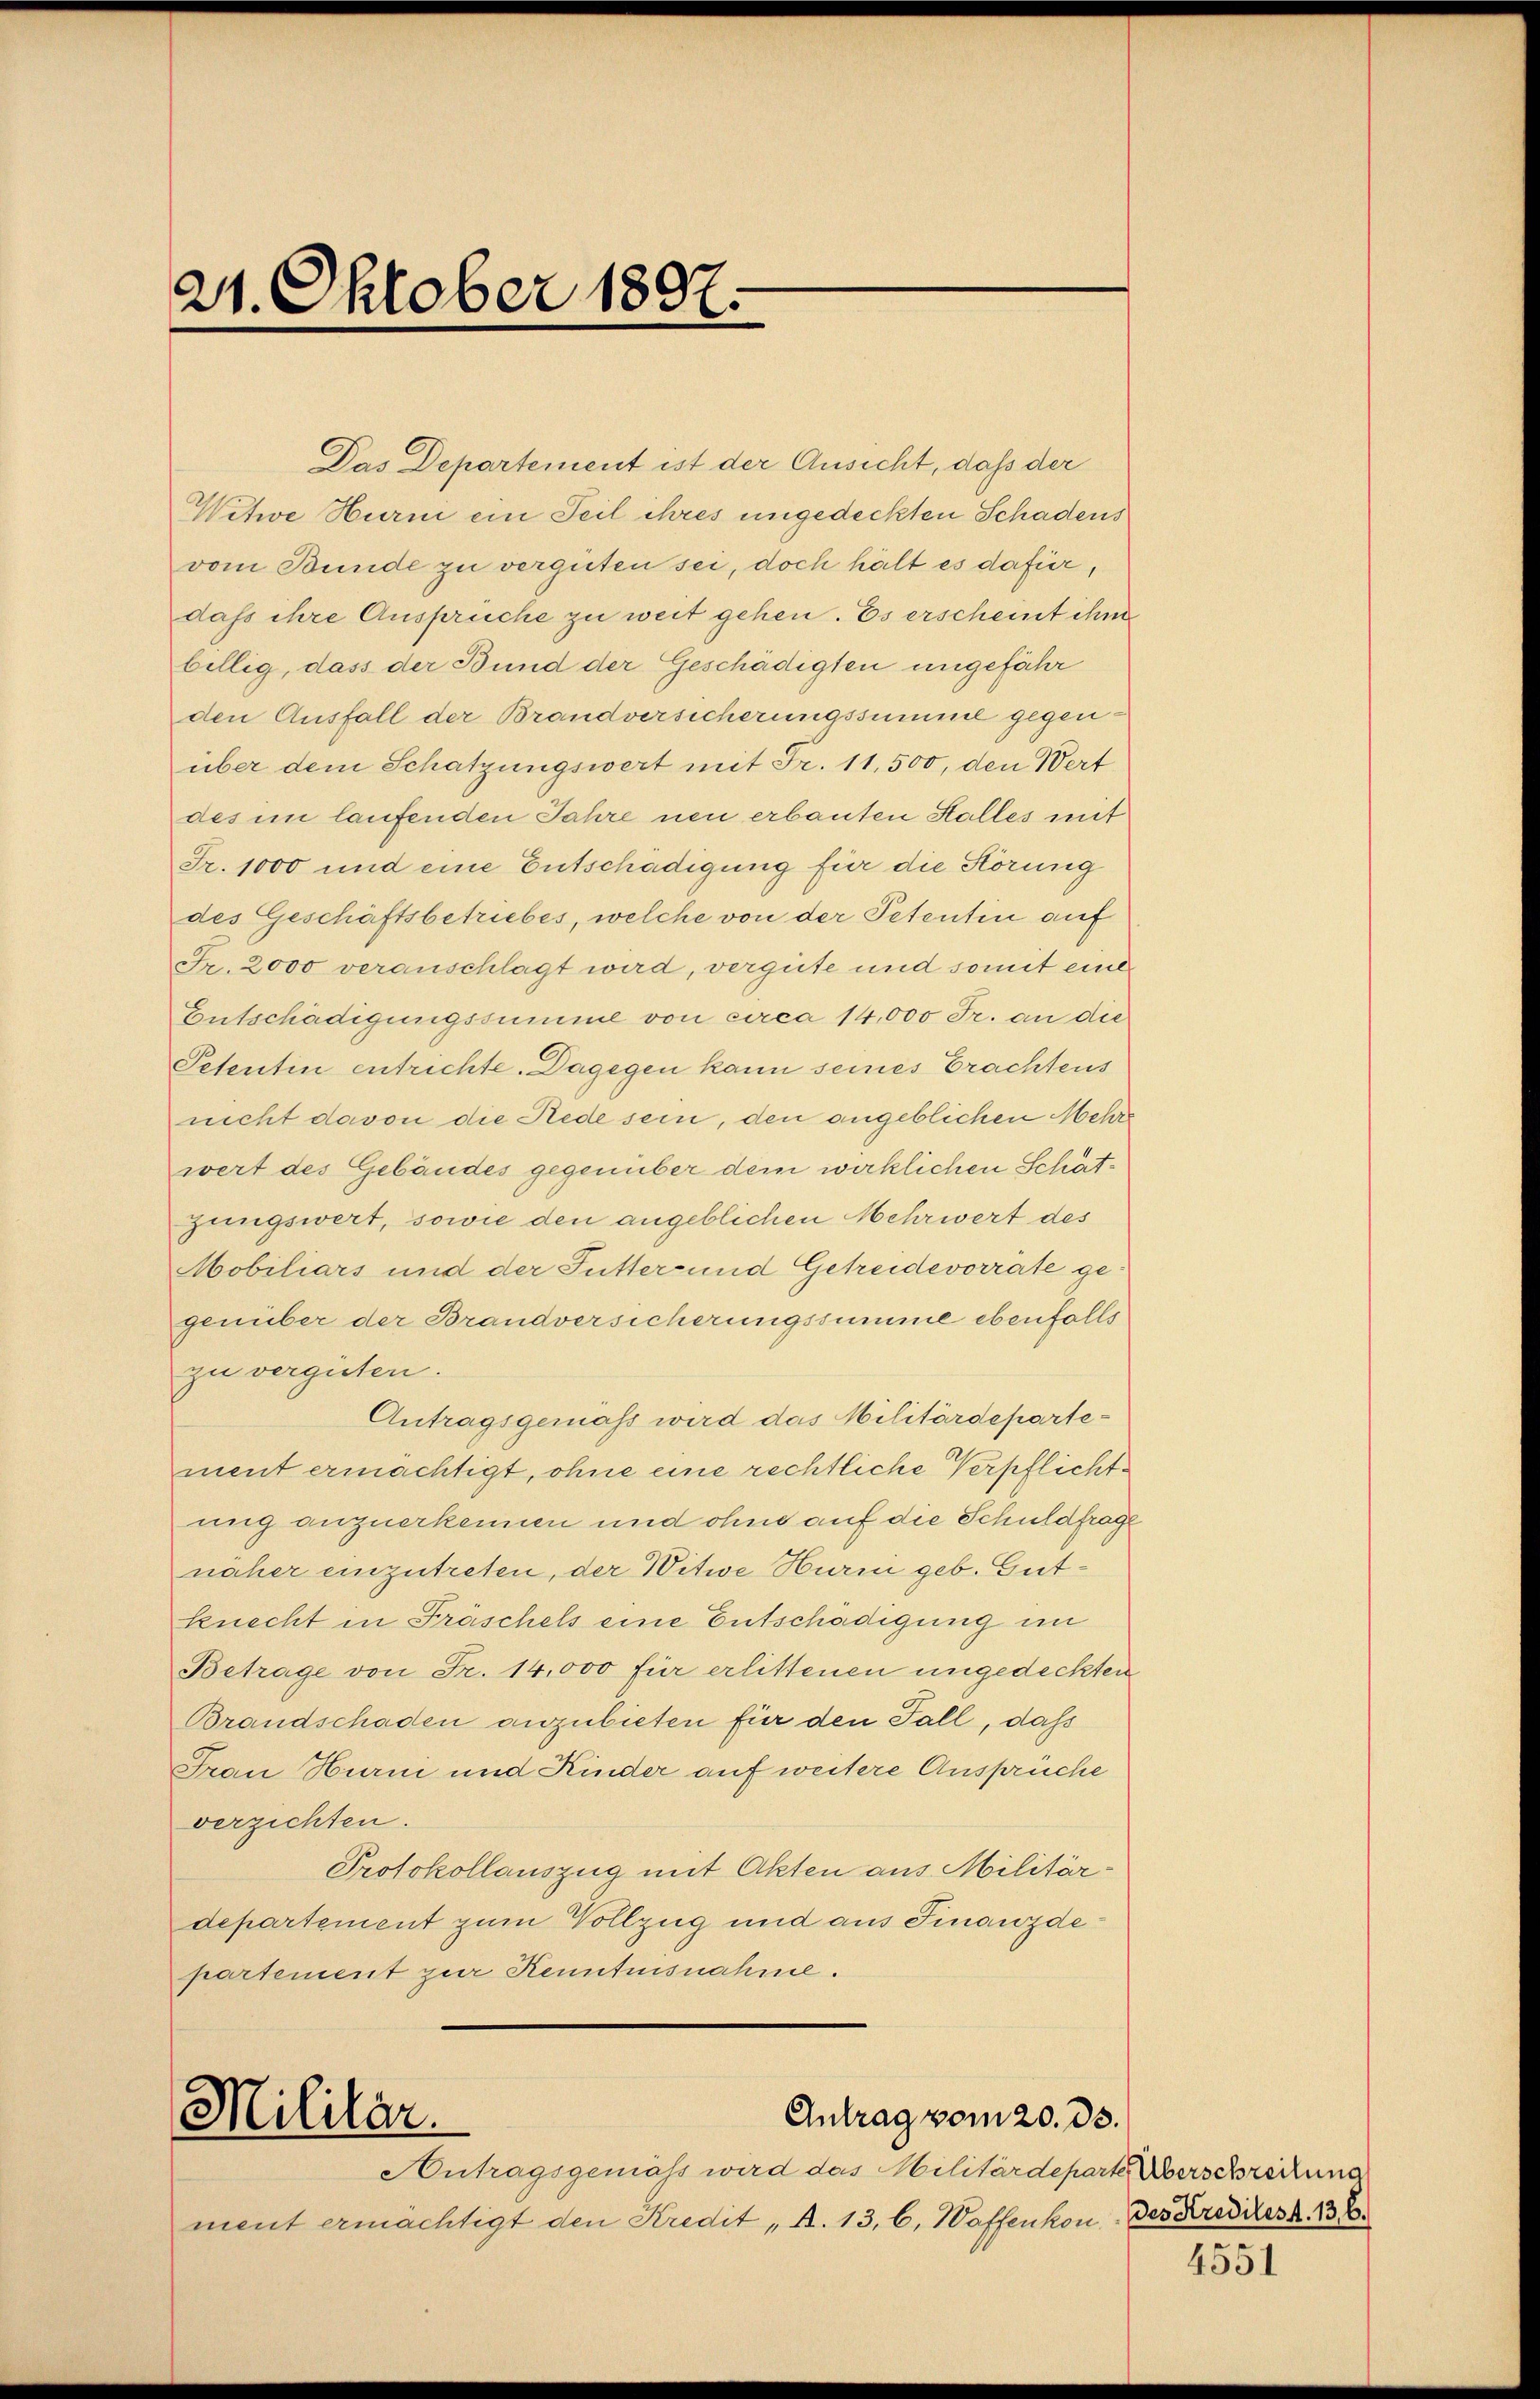
21. Oktober 1897.

Das Departement ist der Ansicht, daß der
Wetwe Hurni ein Teil ihres ungedeckten Schadens
vom Bunde zu vergüten sei, doch hält es dafür,
dass ihre Anspruche zu weit gehen. Es erscheint ihm
billig, dass der Bund der Geschädigten ungefähr
den Ausfall der Brandversicherungssumme gegenüber dem Schatzungswert mit Fr. 11,500, den Wert
des im laufenden Jahre neu erbauten Stalles mit
Fr. 1000 und eine Entschädigung für die Störung
des Geschäftsbetriebes, welche von der Petentin auf
Fr. 2000 veranschlagt wird, vergüte und somit eine
Entschädigungssumme von circa 14,000 Fr. an die
Petentin entrichte. Dagegen kann seines Erachtens
nicht davon die Rede sein, den angeblichen Mehr
wert des Gebäudes gegenüber dem wirklichen Schätgungswert, sowie den angeblichen Mehrwert des
Mobiliars und der Futter und Getreidevorräte gegenüber der Brandversicherungssumme ebenfalls
zu vergüten.
Antragsgemäss wird das Militärdepartement ermächtigt, ohne eine rechtliche Verpflichtung anzuerkennen und ohne auf die Schuldfrage
näher einzutreten, der Witwe Hurni geb. Gutknecht in Fräschels eine Entschädigung im
Betrage von Fr. 14,000 für erlittenen ungedeckten
Brandschaden anzubieten für den Fall, daß
Frau Hurni und Kinder auf weitere Ansprüche
verzichten.
Protokollauszug mit Akten aus Militärdepartement zum Vollzug und aus Finanzdepartement zur Kenntnisnahme.

Militär.
Antrag vom 20. ds.

Antragsgemäss wird das Militärdeparte Überschreitung
ment ermächtigt den Kredit „A. 13, 6, Waffenkon des Kreditest. 136.

f

4551